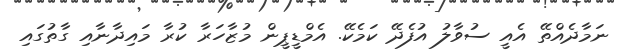
ނަމާދެއްތޭ އެއީ ސުވާލު އުފެދޭ ކަމެކޭ. އެމްޑީޕީން މުޒާހަރާ ކުރާ މައިދާނާއި ގާތުގައި